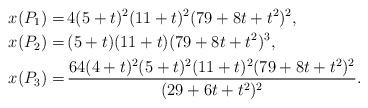
LaTeX: \begin{align*}x(P_1)=& \, 4 (5 + t)^2 (11 + t)^2 (79 + 8 t + t^2)^2,\\x(P_2)=& \, (5 + t) (11 + t) (79 + 8 t + t^2)^3,\\x(P_3)=& \, \frac{64 (4 + t)^2 (5 + t)^2 (11 + t)^2 (79 + 8 t + t^2)^2}{(29 + 6 t + t^2)^2}.\end{align*}